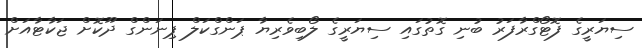
ސިޔަރީގެ ފޮޓޯގްރާފަރު ބުނި ގޮތުގައި ސިޔަރީގެ ލޯބިވެރިޔާ ޕަންގްކަލް ޕިނަންގް ދޫކޮށް ޖަކާޓާއަށް